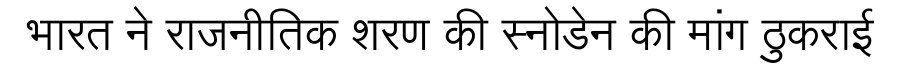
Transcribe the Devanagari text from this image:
भारत ने राजनीतिक शरण की स्नोडेन की मांग ठुकराई